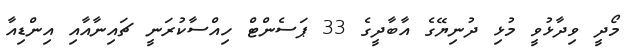
މޯދީ ވިދާޅުވީ މުޅި ދުނިޔޭގެ އާބާދީގެ 33 ޕަސެންޓް ހިއްސާކުރަނީ ޗައިނާއާއި އިންޑިއާ